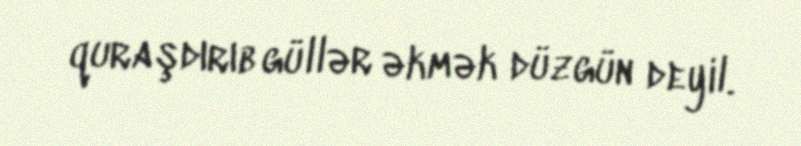
quraşdırıb güllər əkmək düzgün deyil.